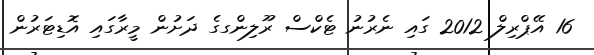
16 އޭޕްރިލް 2012 ގައި ނެރުނު ޓެކްސް ރޫލިންގގެ ދަށުން މީރާގައި އޮޑިޓަރުން